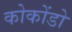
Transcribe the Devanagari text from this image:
कोकोंडो